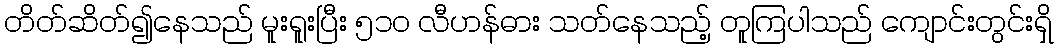
တိတ်ဆိတ်၍နေသည် မူးရူးပြီး ၅၁၀ လီဟန်ဓား သတ်နေသည့် တူကြပါသည် ကျောင်းတွင်းရှိ